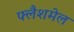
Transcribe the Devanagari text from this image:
फ्लैशमेल